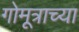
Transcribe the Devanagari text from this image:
गोमूत्राच्या